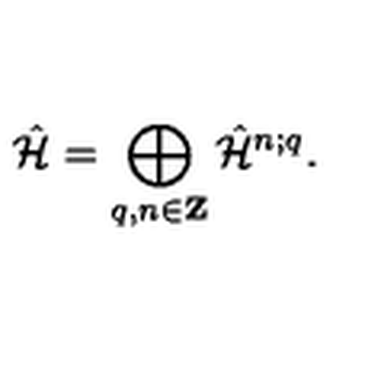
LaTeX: \hat { \cal H } = \bigoplus _ { q , n \in { \bf Z } } \hat { \cal H } ^ { n ; q } .